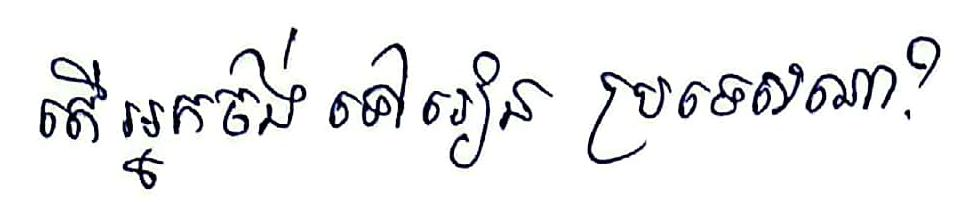
តើអ្នកចង់ ទៅរៀន ប្រទេសណា?